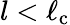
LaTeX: l<\ell_{\mathrm{c}}